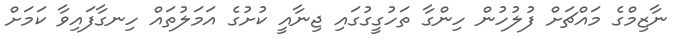
ނާޒިމްގެ މައްޗަށް ފުލުހުން ހިންގާ ތަހުގީގުގައި ޖިނާއީ ކުށުގެ އަމަލުތައް ހިނގާފައިވާ ކަމަށް